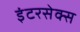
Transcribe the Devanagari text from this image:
इंटरसेक्स